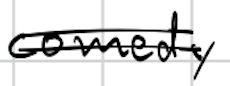
Text: comedy
Cross-out: double-line
Writing tool: digital_black